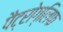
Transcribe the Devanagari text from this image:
पैट्रोग्लिफ